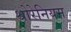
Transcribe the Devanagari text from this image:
थोरेनियम